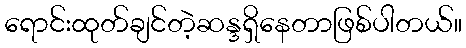
ရောင်းထုတ်ချင်တဲ့ဆန္ဒရှိနေတာဖြစ်ပါတယ်။